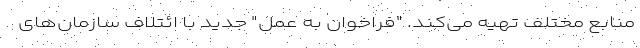
منابع مختلف تهیه می‌کند. "فراخوان به عمل" جدید با ائتلاف سازمان‌های